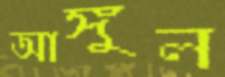
আঙ্গুল